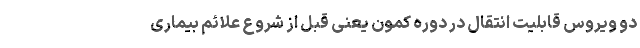
دو ویروس قابلیت انتقال در دوره کمون یعنی قبل از شروع علائم بیماری